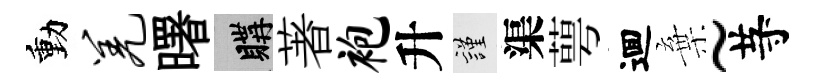
動羌曙購著袍升謹渠萼逥棄~䒭